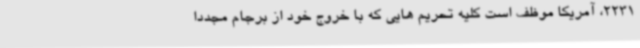
2231، آمریکا موظف است کلیه تحریم هایی که با خروج خود از برجام مجددا